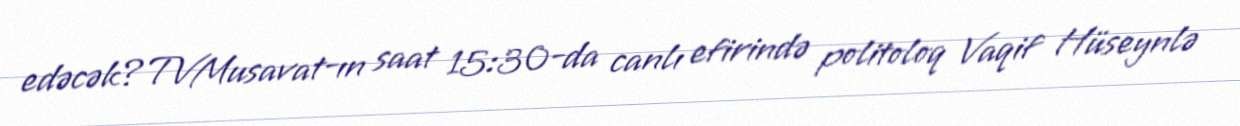
edəcək?TVMusavat-ın saat 15:30-da canlı efirində politoloq Vaqif Hüseynlə